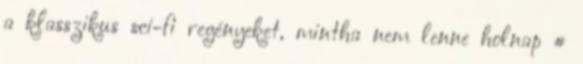
a klasszikus sci-fi regényeket, mintha nem lenne holnap #